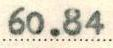
60.84